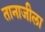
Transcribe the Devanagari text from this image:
तानाजीला